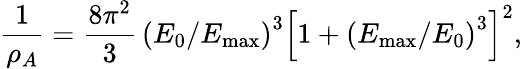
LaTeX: {\frac{1}{\rho_{A}}}={\frac{8\pi^{2}}{3}}\, \left({E_{0}/E_{\mathrm{max}}}\right)^{3}\left[1+\left({E_{\mathrm{max}}/E_{0}}\right)^{3}\right]^{2},